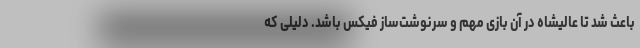
باعث شد تا عالیشاه در آن بازی مهم و سرنوشت‌ساز فیکس باشد. دلیلی که